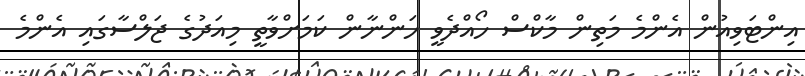
އިންޓަވިއުން އެންމެ މަތިން މާކްސް ހޯއްދެވީ ހަންނާން ކަމަށްވާތީ މިއަދުގެ ޖަލްސާގައި އެންމެ